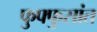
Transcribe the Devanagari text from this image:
फुफ्फुसांत